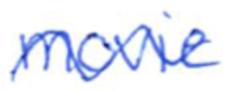
Text: movie
Cross-out: wave
Writing tool: ballpoint